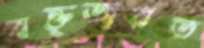
বক্তৃতারত